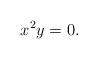
LaTeX: \begin{align*}x^2y=0\ldotp\end{align*}